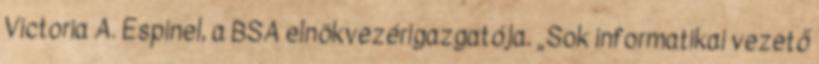
Victoria A. Espinel, a BSA elnökvezérigazgatója. „Sok informatikai vezető